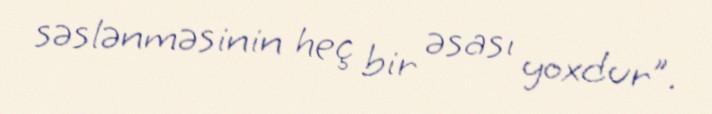
səslənməsinin heç bir əsası yoxdur”.